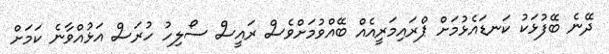
ދޭނެ ބޭފުޅަކު ކަނޑައެޅުމަށް ޕްރައިމަރީއެއް ބޭއްވުމަށްވެސް ރައީސް ސޯލިހު ހުރަސް އަޅުއްވާނެ ކަމަށް